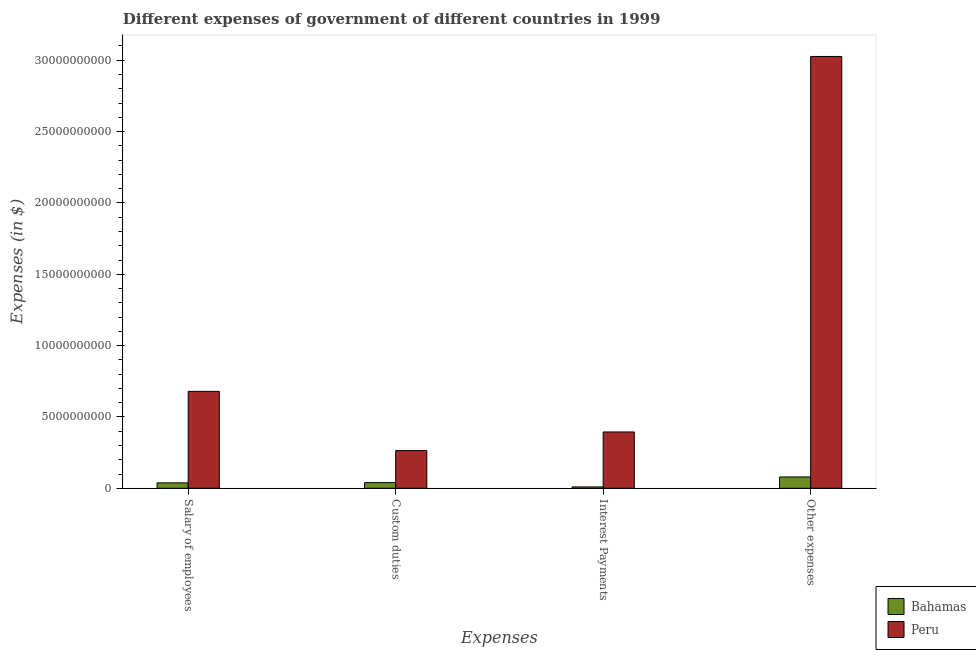
| Expenses | Bahamas | Peru |
 | --- | --- | --- |
 | Salary of employees | 3.8e+08 | 6.79e+09 |
 | Custom duties | 3.98e+08 | 2.64e+09 |
 | Interest Payments | 9.56e+07 | 3.95e+09 |
 | Other expenses | 7.94e+08 | 3.03e+10 |